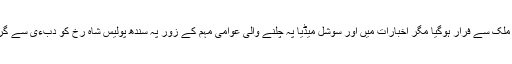
قتل کے اس واقعے کے بعد شاہ رخ ملک سے فرار ہوگیا مگر اخبارات میں اور سوشل میڈیا پہ چلنے والی عوامی مہم کے زور پہ سندھ پولیس شاہ رخ کو دبءی سے گرفتار کر کے واپس پاکستان لے آءی۔